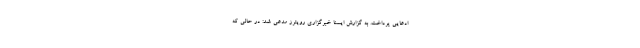
ادعایی پرداخت. به گزارش ایسنا خبرگزاری رویترز مدعی شد: در حالی که